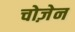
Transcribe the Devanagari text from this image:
चोज़ेन